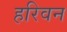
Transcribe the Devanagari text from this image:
हरिवन